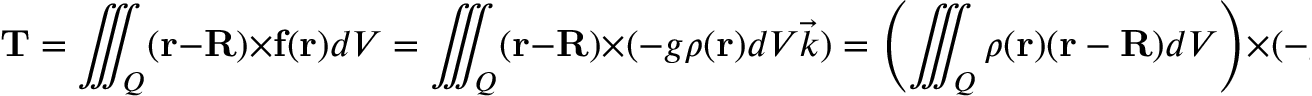
\mathbf { T } = \iiint _ { Q } ( \mathbf { r } - \mathbf { R } ) \times \mathbf { f } ( \mathbf { r } ) d V = \iiint _ { Q } ( \mathbf { r } - \mathbf { R } ) \times ( - g \rho ( \mathbf { r } ) d V { \vec { k } } ) = \left( \iiint _ { Q } \rho ( \mathbf { r } ) ( \mathbf { r } - \mathbf { R } ) d V \right) \times ( - g { \vec { k } } ) .